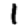
Digit: 1